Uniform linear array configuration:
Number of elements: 64
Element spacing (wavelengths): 0.5
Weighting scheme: hamming
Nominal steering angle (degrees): -30
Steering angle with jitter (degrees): -29.415
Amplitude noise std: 0.05
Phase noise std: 0.05

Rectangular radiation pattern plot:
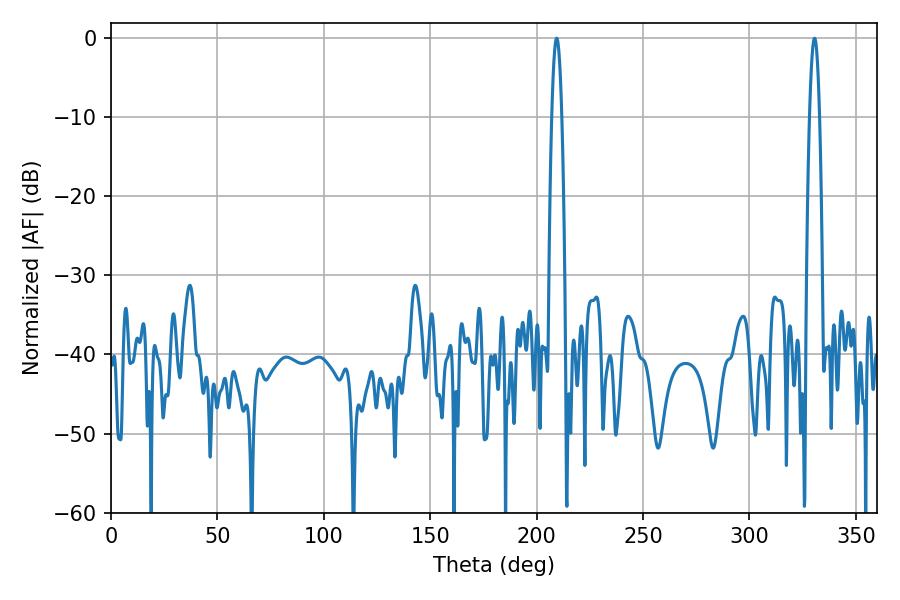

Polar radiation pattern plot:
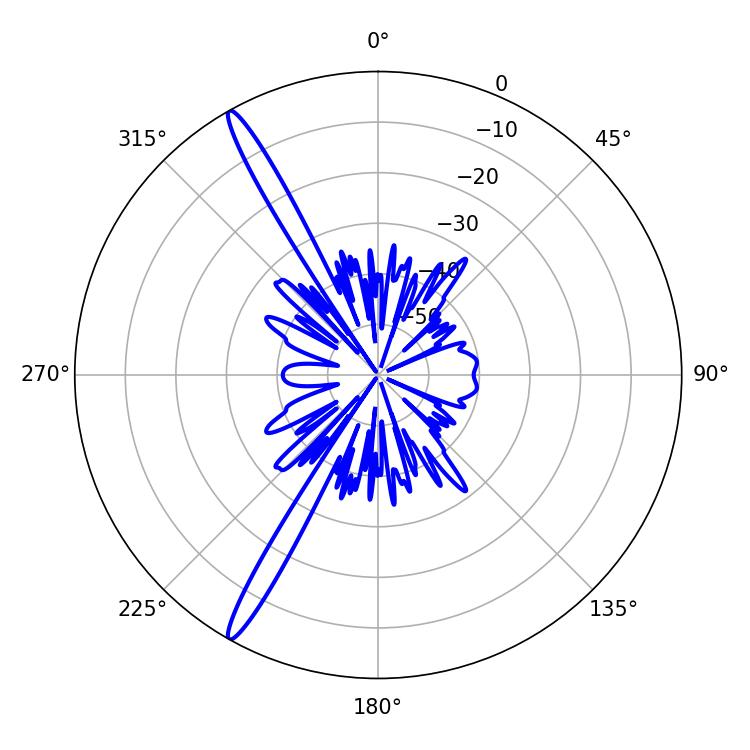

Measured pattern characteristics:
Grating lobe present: FALSE
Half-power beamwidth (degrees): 2.52
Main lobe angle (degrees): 209.34